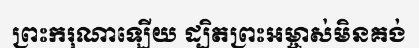
ព្រះករុណាឡើយ ដ្បិតព្រះអម្ចាស់មិនគង់